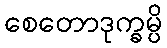
စေတောဒုက္ခမ္ပိ